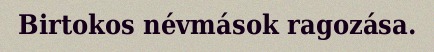
Birtokos névmások ragozása.